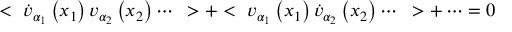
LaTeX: < ~ \dot { v } _ { \alpha _ { 1 } } \left( x _ { 1 } \right) v _ { \alpha _ { 2 } } \left( x _ { 2 } \right) \cdots ~ > + < ~ v _ { \alpha _ { 1 } } \left( x _ { 1 } \right) \dot { v } _ { \alpha _ { 2 } } \left( x _ { 2 } \right) \cdots ~ > + \cdots = 0